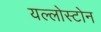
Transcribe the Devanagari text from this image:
यल्लोस्टोन